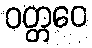
ဝတ္တဝေ